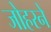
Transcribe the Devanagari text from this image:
जोहरने